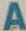
A